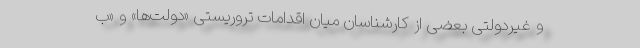
و غیردولتی بعضی از کارشناسان میان اقدامات تروریستی «دولت‌ها» و «ب